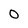
Character: O